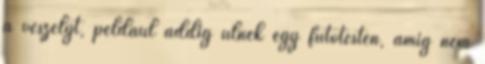
a veszélyt, például addig ülnek egy fűtőtesten, amíg nem